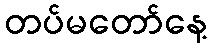
တပ်မတော်နေ့